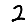
Digit: 2